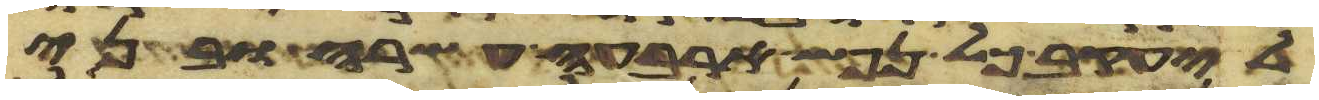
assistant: ליעקב כל נפש ארבע עשרה ובני